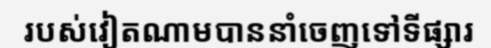
របស់វៀតណាមបាននាំចេញទៅទីផ្សារ